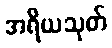
အရိယသုတ်